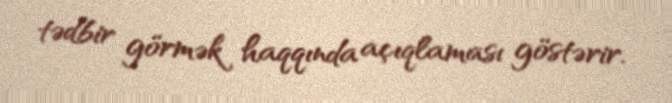
tədbir görmək haqqında açıqlaması göstərir.